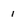
Character: 1